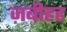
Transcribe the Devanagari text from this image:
ज़बीहह